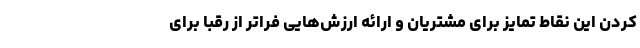
کردن این نقاط تمایز برای مشتریان و ارائه ارزش‌هایی فراتر از رقبا برای